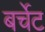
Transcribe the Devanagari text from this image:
बर्चेट